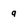
Character: q